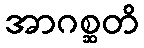
အာဂစ္ဆတိ